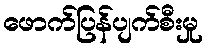
ဖောက်ပြန်ပျက်စီးမှု